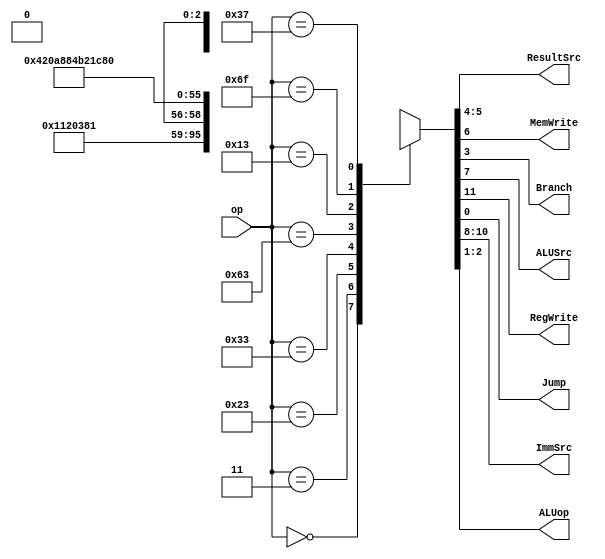
`timescale 1ns / 1ps

module Maindec(
	input [6:0] op,
	
	output[1:0] ResultSrc,
	output		MemWrite,
	output		Branch,ALUSrc,
	output		RegWrite,Jump,
	output[2:0] ImmSrc,
	output[1:0] ALUop
);

reg [11:0] controls;
	
always@(*)
	case(op)
	//RegWrite_ImmSrc_ALUSrc_MemWrite_ResultSrc_Branch_ALUop_Jump
	  7'b0000000: controls = 12'b0_000_0_0_00_0_00_0;
	  7'b0000011: controls = 12'b1_000_1_0_01_0_00_0;//lw
	  7'b0100011: controls = 12'b0_001_1_1_00_0_00_0;//sw
	  7'b0110011: controls = 12'b1_xxx_0_0_00_0_10_0;//R-type
	  7'b1100011: controls = 12'b0_010_0_0_00_1_01_0;//beq
	  7'b0010011: controls = 12'b1_000_1_0_00_0_10_0;//I-typr ALU
	  7'b1101111: controls = 12'b1_011_0_0_10_0_00_1;//jal
	  7'b0110111: controls = 12'b1_100_1_0_00_0_00_0;//lui
	  default:    controls = 12'bx_xx_x_0_xx_x_xx_x;//???
    endcase

assign {RegWrite,ImmSrc,ALUSrc,MemWrite,
		ResultSrc,Branch,ALUop,Jump} = controls;	
	
endmodule